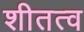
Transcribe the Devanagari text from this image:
शीतत्व